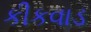
કીકવાડ